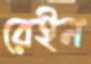
রেইন